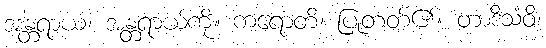
အန္တရာယံ၊ အန္တရာယ်ကို။ ကရောတိ၊ ပြုတတ်၏။ တာဒိသံဝိ၊